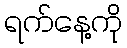
ရက်နေ့ကို